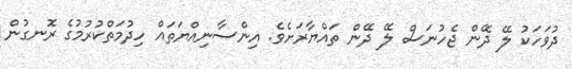
ދުވަހަކު ލޭ ދޭން ޖެހުނަސް ލޭ ދޭން ތައްޔާރަށެވެ. އިންސާނިއްޔަތައް ހިދުމަތްކުރުމުގެ ރޮނގުން